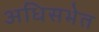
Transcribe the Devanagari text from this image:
अधिसभेत